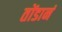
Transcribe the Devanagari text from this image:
तोंडानं